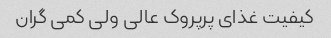
کیفیت غذای پرپروک عالی ولی کمی گران